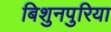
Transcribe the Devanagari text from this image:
बिशुनपुरिया